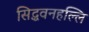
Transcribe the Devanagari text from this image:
सिद्धवनहल्लि